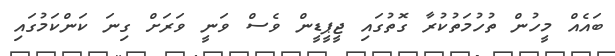
ބައެއް މީހުން ތުހުމަތުކުރާ ގޮތުގައި ޖީޕީޑީން ވެސް ވަނީ ވަރަށް ގިނަ ކަންކަމުގައި